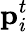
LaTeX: \mathbf{p}_{i}^{t}